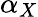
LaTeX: \alpha_{X}